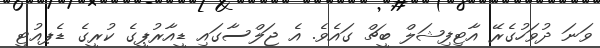
ވަނަ ދުވަހުގެރޭ އާޓިފިޝަލް ބީޗް ގައެވެ. އެ ޖަލްސާގައި ޑީއާރުޕީގެ ކުރީގެ ޑެޕއުޓީ